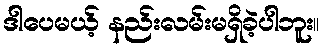
ဒါပေမယ့် နည်းလမ်းမရှိခဲ့ပါဘူး။